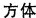
方体